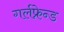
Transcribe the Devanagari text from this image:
गर्लफ्रेन्ड